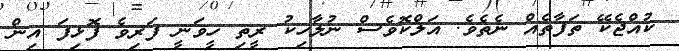
ކުއްޖެކޭ ތަފާތެއް ނެތެވެ. އަލްކޮވެސް ނުލާހިކު ރީތި ހީވަނީ ފަރިވެ ފޮޅިފަ އިން